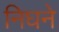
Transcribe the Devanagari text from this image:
निघने